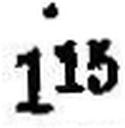
115